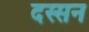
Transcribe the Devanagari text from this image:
दस्सन